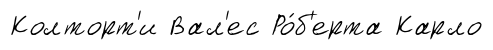
Колторт'и Вал'ес Ро́б'ерта Карло